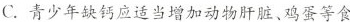
C. 青少年缺钙应适当增加动物肝脏、鸡蛋等食